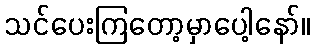
သင်ပေးကြတော့မှာပေါ့နော်။